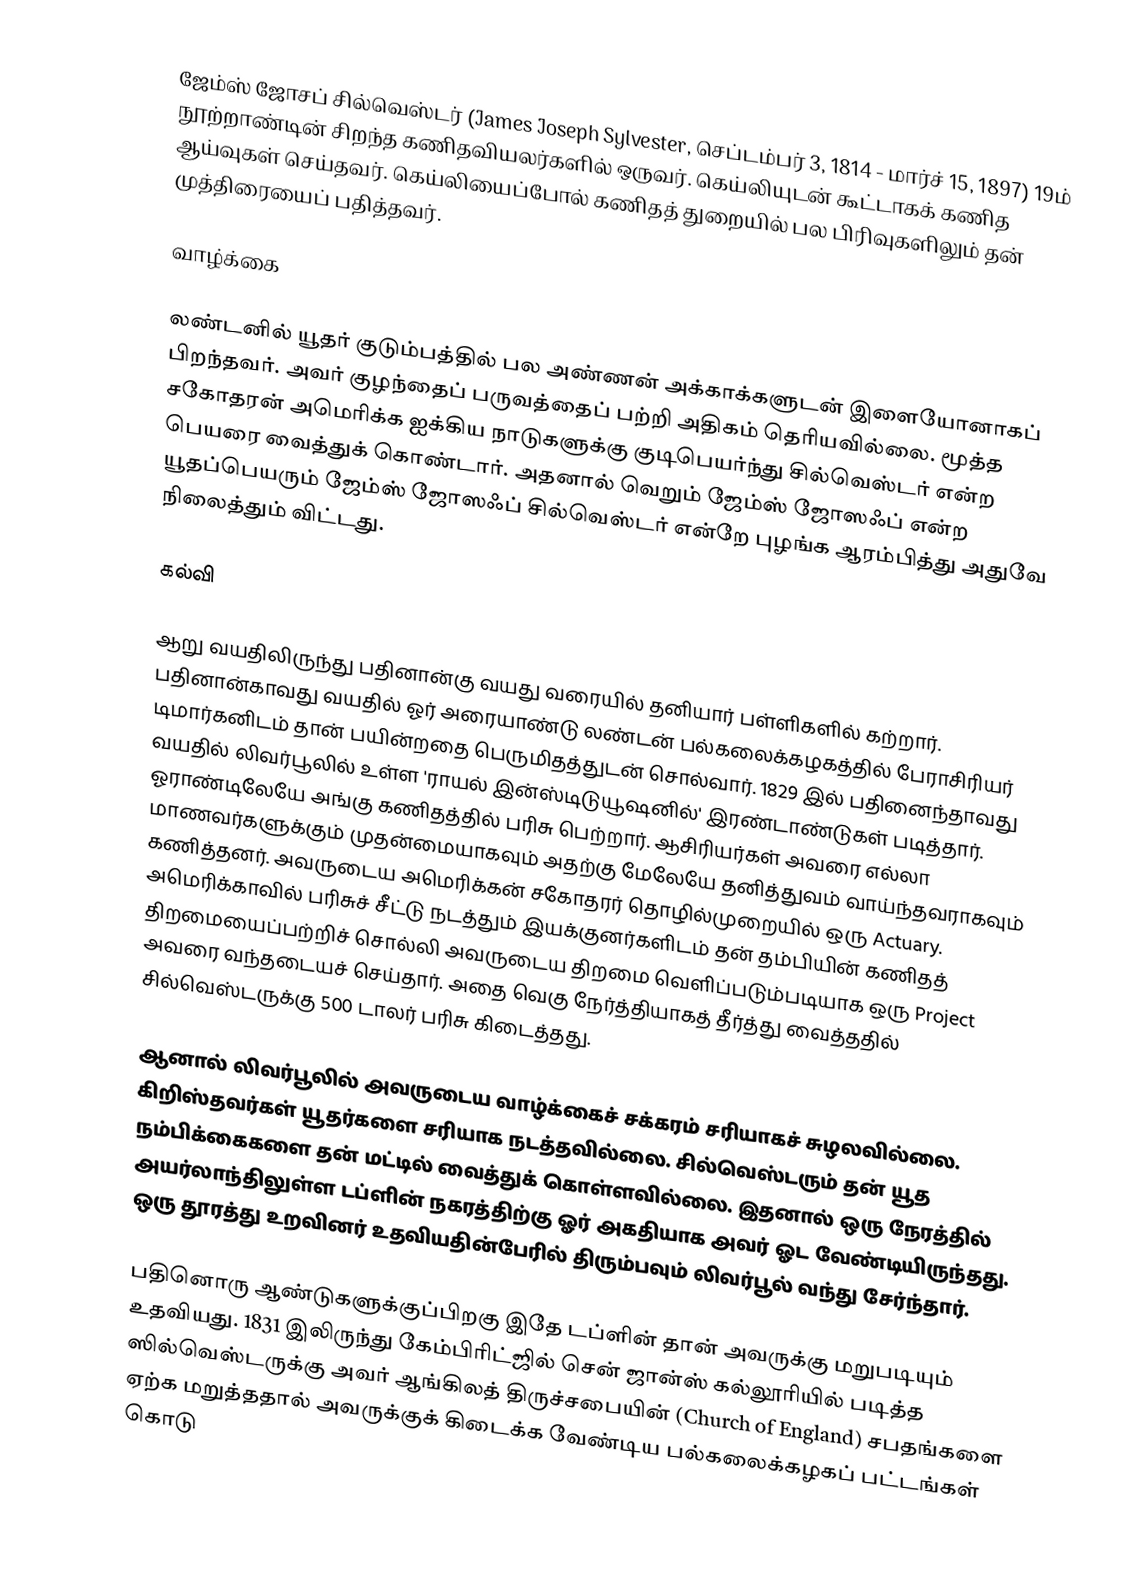
ஜேம்ஸ் ஜோசப் சில்வெஸ்டர் (James Joseph Sylvester, செப்டம்பர் 3, 1814 - மார்ச் 15, 1897) 19ம் நூற்றாண்டின் சிறந்த கணிதவியலர்களில் ஒருவர். கெய்லியுடன் கூட்டாகக் கணித ஆய்வுகள் செய்தவர். கெய்லியைப்போல் கணிதத் துறையில் பல பிரிவுகளிலும் தன் முத்திரையைப் பதித்தவர்.

வாழ்க்கை

லண்டனில் யூதர் குடும்பத்தில் பல அண்ணன் அக்காக்களுடன் இளையோனாகப் பிறந்தவர். அவர் குழந்தைப் பருவத்தைப் பற்றி அதிகம் தெரியவில்லை. மூத்த சகோதரன் அமெரிக்க ஐக்கிய நாடுகளுக்கு குடிபெயர்ந்து சில்வெஸ்டர் என்ற பெயரை வைத்துக் கொண்டார். அதனால் வெறும் ஜேம்ஸ் ஜோஸஃப் என்ற யூதப்பெயரும் ஜேம்ஸ் ஜோஸஃப் சில்வெஸ்டர் என்றே புழங்க ஆரம்பித்து அதுவே நிலைத்தும் விட்டது.

கல்வி

ஆறு வயதிலிருந்து பதினான்கு வயது வரையில் தனியார் பள்ளிகளில் கற்றார். பதினான்காவது வயதில் ஓர் அரையாண்டு லண்டன் பல்கலைக்கழகத்தில் பேராசிரியர் டிமார்கனிடம் தான் பயின்றதை பெருமிதத்துடன் சொல்வார். 1829 இல் பதினைந்தாவது வயதில் லிவர்பூலில் உள்ள 'ராயல் இன்ஸ்டிடுயூஷனில்' இரண்டாண்டுகள் படித்தார். ஓராண்டிலேயே அங்கு கணிதத்தில் பரிசு பெற்றார். ஆசிரியர்கள் அவரை எல்லா மாணவர்களுக்கும் முதன்மையாகவும் அதற்கு மேலேயே தனித்துவம் வாய்ந்தவராகவும் கணித்தனர். அவருடைய அமெரிக்கன் சகோதரர் தொழில்முறையில் ஒரு Actuary. அமெரிக்காவில் பரிசுச் சீட்டு நடத்தும் இயக்குனர்களிடம் தன் தம்பியின் கணிதத் திறமையைப்பற்றிச் சொல்லி அவருடைய திறமை வெளிப்படும்படியாக ஒரு Project அவரை வந்தடையச் செய்தார். அதை வெகு நேர்த்தியாகத் தீர்த்து வைத்ததில் சில்வெஸ்டருக்கு 500 டாலர் பரிசு கிடைத்தது.

ஆனால் லிவர்பூலில் அவருடைய வாழ்க்கைச் சக்கரம் சரியாகச் சுழலவில்லை. கிறிஸ்தவர்கள் யூதர்களை சரியாக நடத்தவில்லை. சில்வெஸ்டரும் தன் யூத நம்பிக்கைகளை தன் மட்டில் வைத்துக் கொள்ளவில்லை. இதனால் ஒரு நேரத்தில் அயர்லாந்திலுள்ள டப்ளின் நகரத்திற்கு ஓர் அகதியாக அவர் ஓட வேண்டியிருந்தது. ஒரு தூரத்து உறவினர் உதவியதின்பேரில் திரும்பவும் லிவர்பூல் வந்து சேர்ந்தார்.

பதினொரு ஆண்டுகளுக்குப்பிறகு இதே டப்ளின் தான் அவருக்கு மறுபடியும் உதவியது. 1831 இலிருந்து கேம்பிரிட்ஜில் சென் ஜான்ஸ் கல்லூரியில் படித்த ஸில்வெஸ்டருக்கு அவர் ஆங்கிலத் திருச்சபையின் (Church of England) சபதங்களை ஏற்க மறுத்ததால் அவருக்குக் கிடைக்க வேண்டிய பல்கலைக்கழகப் பட்டங்கள் கொடு